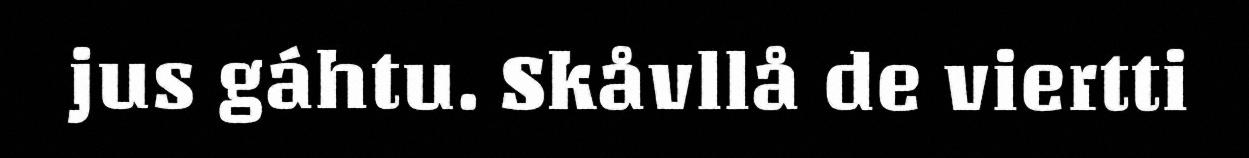
jus gáhtu. Skåvllå de viertti